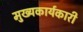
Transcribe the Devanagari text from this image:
मुख्यकार्यकारी